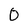
Character: 0